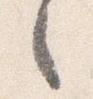
之